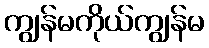
ကျွန်မကိုယ်ကျွန်မ